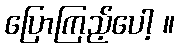
ပြောကြည့်ပေါ့ ။